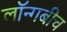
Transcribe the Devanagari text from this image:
लॉन्गबीच